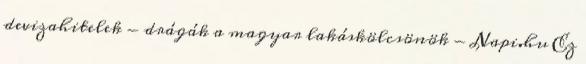
devizahitelek - drágák a magyar lakáskölcsönök - Napi.hu Ez